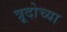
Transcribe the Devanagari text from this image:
त्रूदोच्या